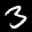
Label: 3